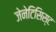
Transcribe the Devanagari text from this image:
जेनेटिसिस्ट